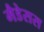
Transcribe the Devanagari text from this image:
मैडेसस